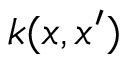
k ( x , x ^ { \prime } )